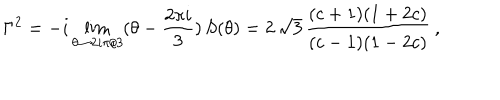
\Gamma ^ { 2 } = - i \lim _ { \theta \rightarrow 2 i \pi / 3 } ( \theta - \frac { 2 \pi i } { 3 } ) \, S ( \theta ) = 2 \, \sqrt { 3 } \, \frac { ( c + 1 ) ( 1 + 2 c ) } { ( c - 1 ) ( 1 - 2 c ) } \: ,